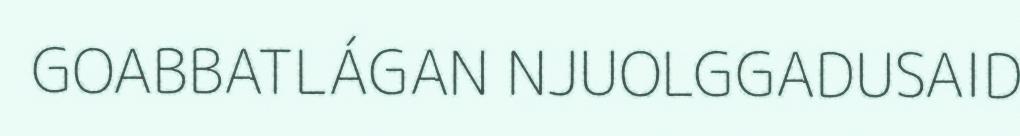
GOABBATLÁGAN NJUOLGGADUSAID